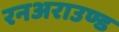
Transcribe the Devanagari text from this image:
रनअराउण्ड